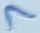
Text: 7